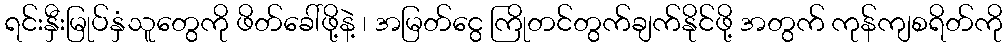
ရင်းနှီးမြုပ်နှံသူတွေကို ဖိတ်ခေါ်ဖို့နဲ့ ၊ အမြတ်ငွေ ကြိုတင်တွက်ချက်နိုင်ဖို့ အတွက် ကုန်ကျစရိတ်ကို